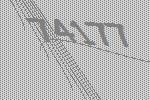
74177